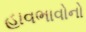
હાવભાવોનો